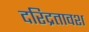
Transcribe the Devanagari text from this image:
दरिद्रतावश